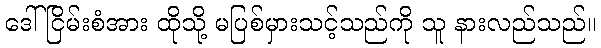
ဒေါ်ငြိမ်းစံအား ထိုသို့ မပြစ်မှားသင့်သည်ကို သူ နားလည်သည်။